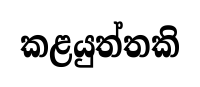
කළයුත්තකි